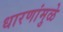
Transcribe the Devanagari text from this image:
धारणांमुळे